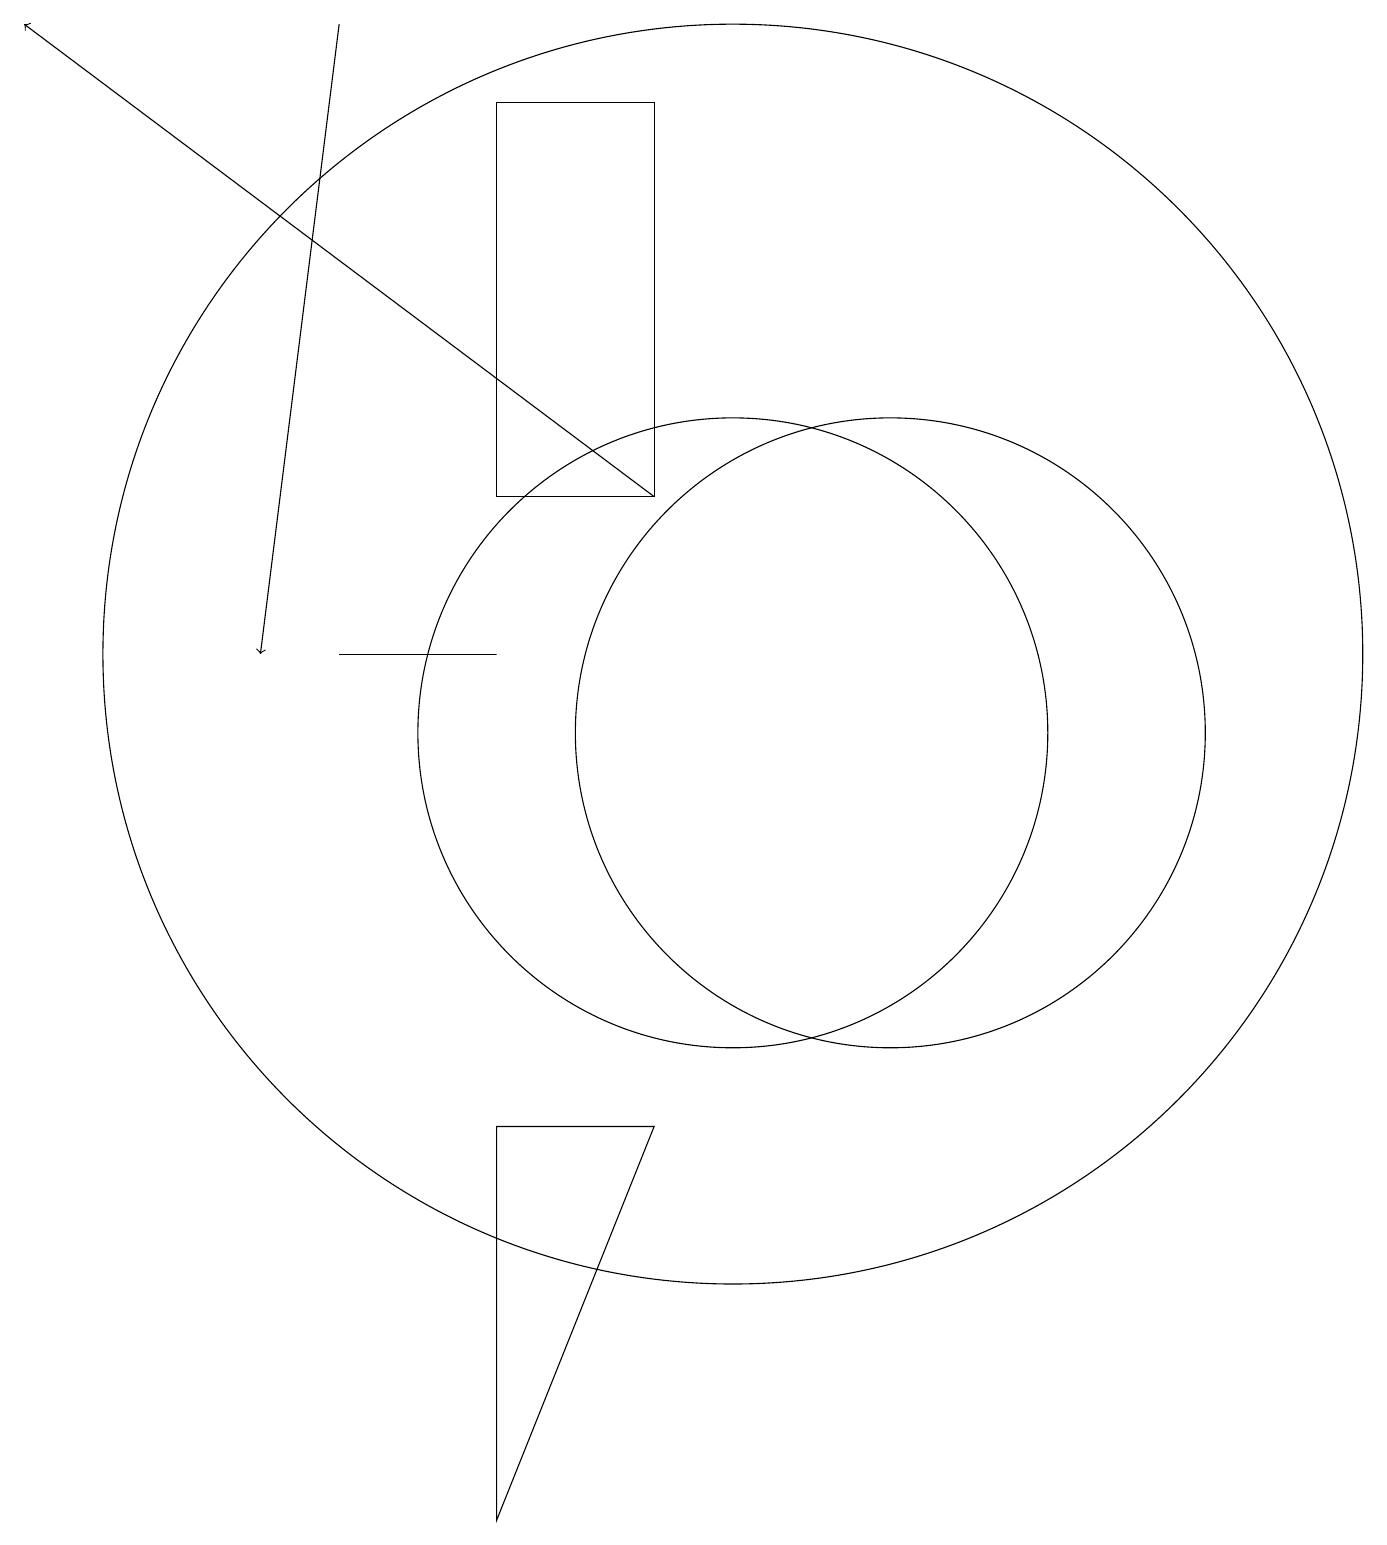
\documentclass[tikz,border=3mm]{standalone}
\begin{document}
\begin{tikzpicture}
\draw[->] (5,19) -- (4,11);
\draw[->] (9,13) -- (1,19);
\draw (10,11) circle (8);
\draw (7,0) -- (9,5) -- (7,5) -- cycle;
\draw (10,10) circle (4);
\draw (7,11) rectangle (5,11);
\draw (9,18) rectangle (7,13);
\draw (12,10) circle (4);
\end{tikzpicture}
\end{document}